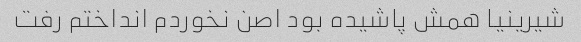
شیرینیا همش پاشیده بود اصن نخوردم انداختم رفت